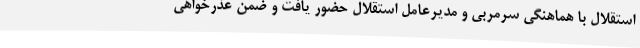
استقلال با هماهنگی سرمربی و مدیرعامل استقلال حضور یافت و ضمن عذرخواهی